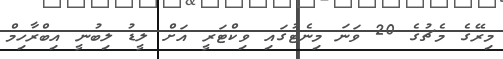
މިރޭގެ މެޗުގެ 20 ވަނަ މިނެޓުގައި ވިކްޓަރީ އަށް ލީޑު ލިބުނީ އިބްރާހިމް